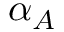
\alpha _ { A }